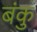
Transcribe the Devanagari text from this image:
बंकु